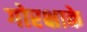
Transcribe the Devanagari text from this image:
गोरक्षाके